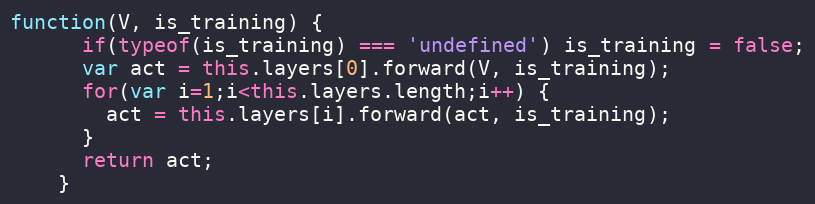
Language: JavaScript
function(V, is_training) {
      if(typeof(is_training) === 'undefined') is_training = false;
      var act = this.layers[0].forward(V, is_training);
      for(var i=1;i<this.layers.length;i++) {
        act = this.layers[i].forward(act, is_training);
      }
      return act;
    }